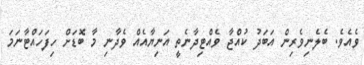
ވެއެވެ. ބެލެނިވެރިން އަބަދު ކުއްޖާ ވެއްޓިދާނެތީ އަނިޔާއެއް ވެދާނި މާ ބޮޑަށް ހިފަހައްޓާނަމަ